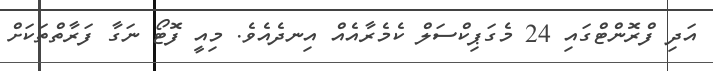
އަދި ފްރޮންޓްގައި 24 މެގަޕިކްސަލް ކެމެރާއެއް އިނދެއެވެ. މިއީ ފޮޓޯ ނަގާ ފަރާތްތަކަށް